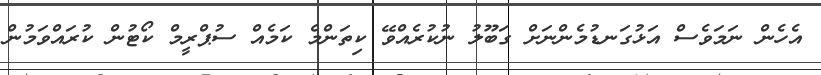
އެހެން ނަމަވެސް އަޅުގަނޑުމެންނަށް ގަބޫލު ނުކުރެއްވޭ ކިތަންމެ ކަމެއް ސުޕްރީމް ކޯޓުން ކުރައްވަމުން